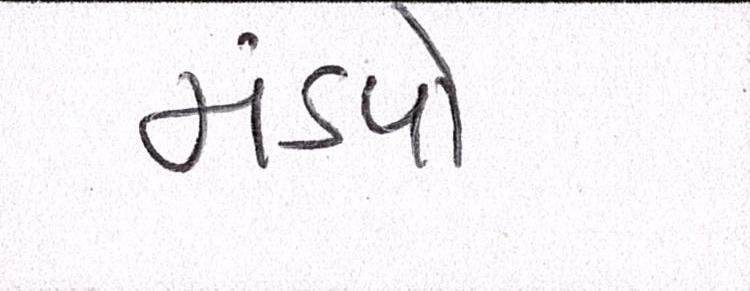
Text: મંડપો